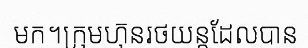
មក។ក្រុមហ៊ុនរថយន្តដែលបាន